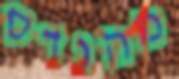
מהנדס